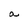
Character: a